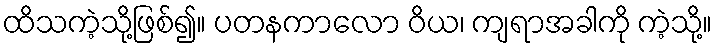
ထိသကဲ့သို့ဖြစ်၍။ ပတနကာလော ဝိယ၊ ကျရာအခါကို ကဲ့သို့။